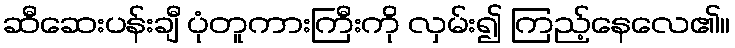
ဆီဆေးပန်းချီ ပုံတူကားကြီးကို လှမ်း၍ ကြည့်နေလေ၏။